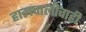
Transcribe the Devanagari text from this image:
हालचालींचाही